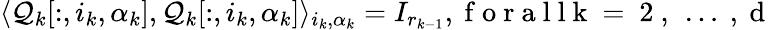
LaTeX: \langle\mathcal{Q}_{k}[:,i_{k},\alpha_{k}],\mathcal{Q}_{k}[:,i_{k},\alpha_{k}]\rangle_{i_{k},\alpha_{k}}=I_{r_{k-1}},\mathrm{~f~o~r~a~l~l~k~=~2~,~\ldots~,~d~}